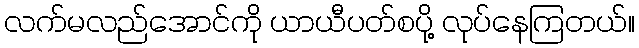
လက်မလည်အောင်ကို ယာယီပတ်စပို့ လုပ်နေကြတယ်။